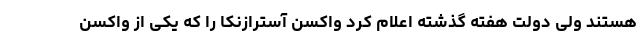
هستند ولی دولت هفته گذشته اعلام کرد واکسن آسترازنکا را که یکی از واکسن